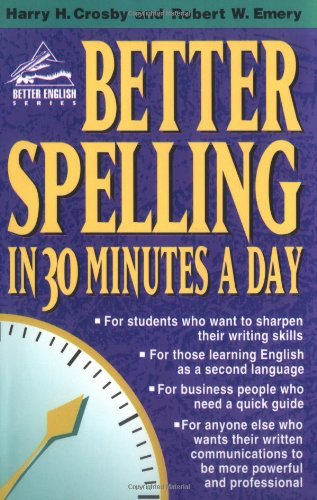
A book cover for Better Spelling in 30 Minutes a Day (Better English Series); Harry H. Crosby; Reference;